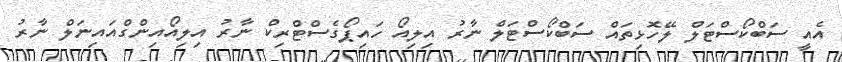
އެއީ ސަބްކޯސްޓަލް ލޭހޮޅިތައް ސަބްކޯސްޓަލް ނާރު އިލިއޯ ހައިޕޯގެސްޓްރިކް ނާރު އިލިއޯއިންގްއައިނަލް ނާރު